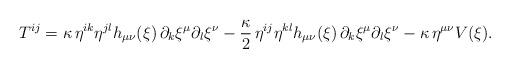
LaTeX: \begin{align*}T^{i j} = \kappa \, \eta^{i k} \eta^{j l} h_{\mu \nu}(\xi)\, \partial_k \xi^\mu \partial_l \xi^\nu - \frac{\kappa}{2} \,\eta^{i j} \eta^{k l} h_{\mu \nu}(\xi) \, \partial_k \xi^\mu\partial_l \xi^\nu - \kappa \, \eta^{\mu \nu} V(\xi).\end{align*}